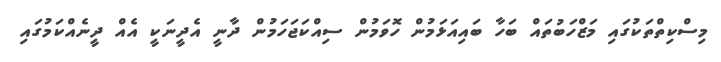
މިސްކިތްތަކުގައި މަޒްހަބުތައް ބަހާ ބައިއަޅަމުން ހޮވަމުން ސިއްކަޖަހަމުން ދާނީ އެދީނަކީ އެއް ދީނެއްކަމުގައި